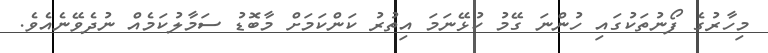
މިހާރުގެ ފޯނުތަކުގައި ހުންނަ ގޭމު ކުޅޭނަމަ އިތުރު ކަންކަމަށް މާބޮޑު ސަމާލުކަމެއް ނުދެވޭނެއެވެ.